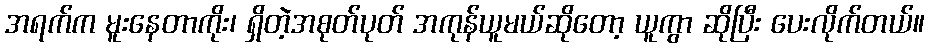
အရက်က မူးနေတာကိုး၊ ရှိတဲ့အစုတ်ပုတ် အကုန်ယူမယ်ဆိုတော့ ယူကွာ ဆိုပြီး ပေးလိုက်တယ်။